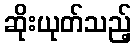
ဆိုးယုတ်သည့်